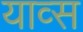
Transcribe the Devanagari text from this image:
याव्स